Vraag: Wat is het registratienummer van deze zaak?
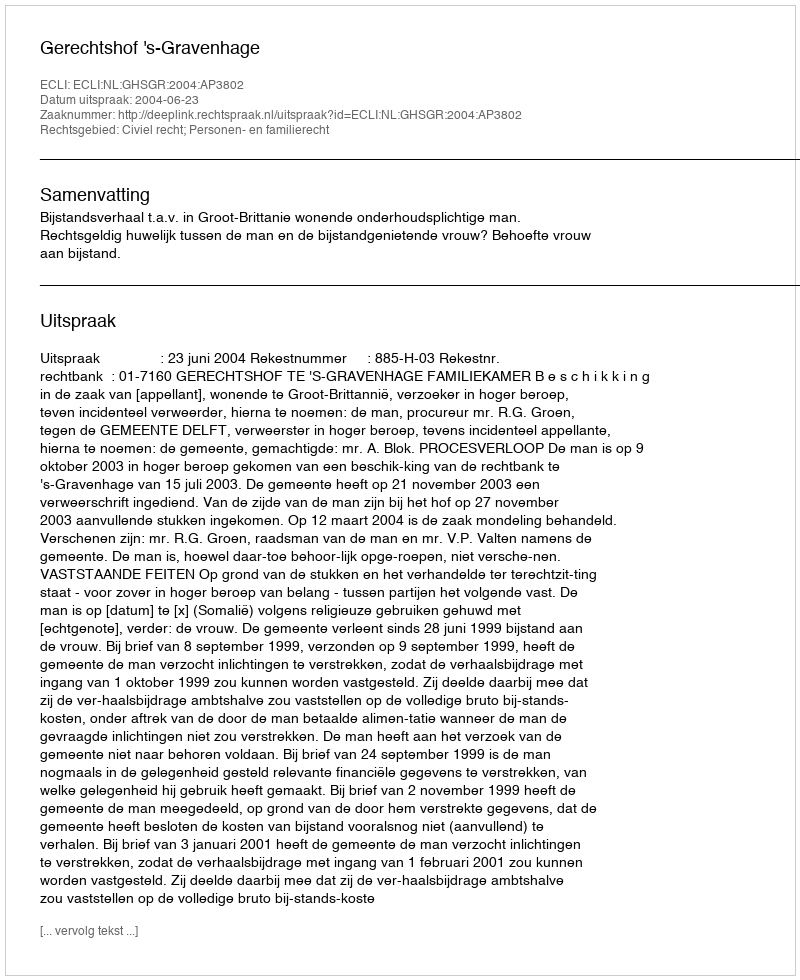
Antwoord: http://deeplink.rechtspraak.nl/uitspraak?id=ECLI:NL:GHSGR:2004:AP3802